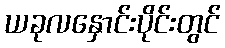
ယခုလနှောင်းပိုင်းတွင်